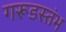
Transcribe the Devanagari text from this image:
गरूडस्तंभ